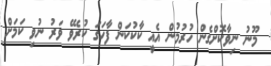
މޫނު ނިވާކޮށްގެން ހުރުމުން އެއީ ކާކުކަން ފާހަގަ ކުރެވޭ ވަރު ނުވި ކަމަށް